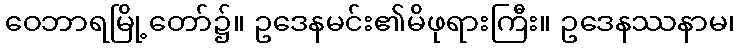
ဝေဘာရမြို့တော်၌။ ဥဒေနမင်း၏မိဖုရားကြီး။ ဥဒေနဿနာမ၊